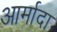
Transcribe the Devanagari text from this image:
आर्मादा